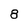
Character: 8